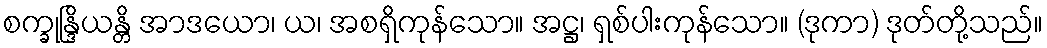
စက္ခုန္ဒြိယန္တိ အာဒယော၊ ယ၊ အစရှိကုန်သော။ အဋ္ဌ၊ ရှစ်ပါးကုန်သော။ (ဒုကာ) ဒုတ်တို့သည်။